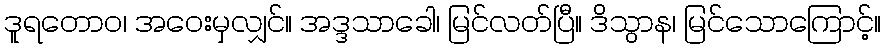
ဒူရတောဝ၊ အဝေးမှလျှင်။ အဒ္ဒသာခေါ၊ မြင်လတ်ပြီ။ ဒိသွာန၊ မြင်သောကြောင့်။